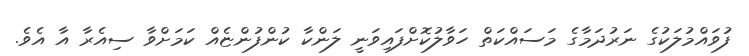
ފުވައްމުލަކުގެ ނަރުދަމާގެ މަސައްކަތް ހަވާލުކޮށްފައިވަނީ ލަންކާ ކުންފުންޏެއް ކަމަށްވާ ސިއެރާ އާ އެވެ.